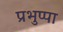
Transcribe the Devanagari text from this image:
प्रभुप्पा